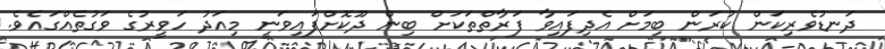
ދަނޑުވެރިކަން ކުރަން ބިމަށް އެދިފައިވާ ފަރާތްތަކަށް ބިން ދޫކޮށްފައިވަނީ މިއަދު ހަވީރުގެ ވަގުތެއްގައެވެ.